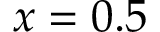
x = 0 . 5